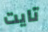
تايت